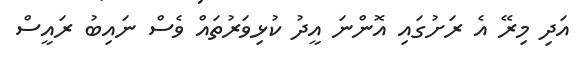
އަދި މިރޭ އެ ރަށުގައި އޮންނަ އީދު ކުޅިވަރުތައް ވެސް ނައިބު ރައީސް